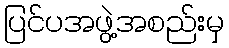
ပြင်ပအဖွဲ့အစည်းမှ